Reports on dispensaries and lunatic asylums in the Province of Oudh - 1869-1876
Year: 1869
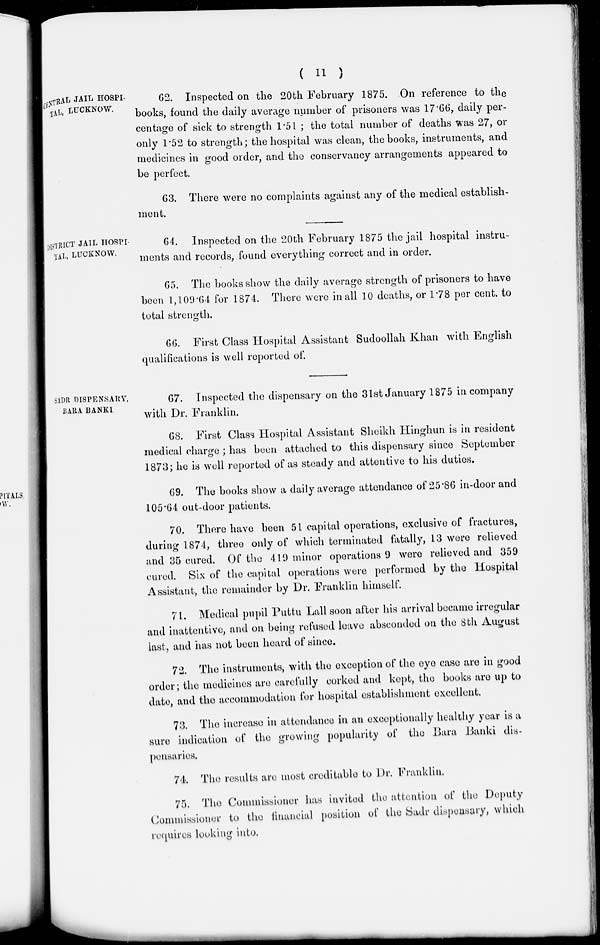
( 11 )
CENTRAL JAIL HOSPI-
TAL, LUCKNOW.
62. Inspected on the 20th February 1875. On reference to the
books, found the daily average number of prisoners was 17.66 , daily per-
centage of sick to strength 1.51 ; the total number of deaths was 27, or
only 1.52 to strength; the hospital was clean, the books, instruments, and
medicines in good order, and the conservancy arrangements appeared to
be perfect.
63. There were no complaints against any of the medical establish-
ment.
DISTRICT JAIL HOSPI-
TAL, LUCKNOW.
64. Inspected on the 20th February 1875 the jail hospital instru-
ments and records, found everything correct and in order.
65. The books show the daily average strength of prisoners to have
been 1,109.64 for 1874. There were in all 10 deaths, or 1.78 per cent. to
total strength.
66. First Class Hospital Assistant Sudoollah Khan with English
qualifications is well reported of.
SADR DISPENSARY,
BARA BANKI.
67. Inspected the dispensary on the 31st January 1875 in company
with Dr. Franklin.
68. First Class Hospital Assistant Sheikh Hinghun is in resident
medical charge ; has been attached to this dispensary since September
1873; he is well reported of as steady and attentive to his duties.
69. The books show a daily average attendance of 25.86 in-door and
105.64 out-door patients.
70. There have been 51 capital operations, exclusive of fractures,
during 1874, three only of which terminated fatally, 13 were relieved
and 35 cured. Of the 419 minor operations 9 were relieved and 359
cured. Six of the capital operations were performed by the Hospital
Assistant, the remainder by Dr. Franklin himself.
71. Medical pupil Puttu Lall soon after his arrival became irregular
and inattentive, and on being refused leave absconded on the 8th August
last, and has not been heard of since.
72. The instruments, with the exception of the eye case are in good
order; the medicines are carefully corked and kept, the books are up to
date, and the accommodation for hospital establishment excellent.
73. The increase in attendance in an exceptionally healthy year is a
sure indication of the growing popularity of the Bara Banki dis-
pensaries.
74. The results are most creditable to Dr. Franklin.
75. The Commissioner has invited the attention of the Deputy
Commissioner to the financial position of the Sadr dispensary, which
requires looking into.